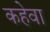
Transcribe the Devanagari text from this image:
कहेवा